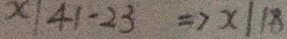
x \vert 4 1 - 2 3 \Rightarrow x \vert 1 8